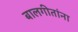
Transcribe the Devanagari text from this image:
बालगीतांना